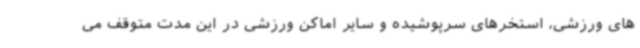
های ورزشی، استخرهای سرپوشیده و سایر اماکن ورزشی در این مدت متوقف می